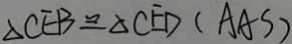
\Delta C E B \cong \Delta C E D ( A A S )